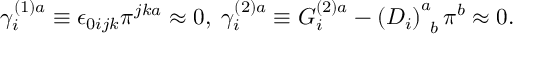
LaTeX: \gamma _ { i } ^ { ( 1 ) a } \equiv \epsilon _ { 0 i j k } \pi ^ { j k a } \approx 0 , \; \gamma _ { i } ^ { ( 2 ) a } \equiv G _ { i } ^ { ( 2 ) a } - \left( D _ { i } \right) _ { \; \; b } ^ { a } \pi ^ { b } \approx 0 .